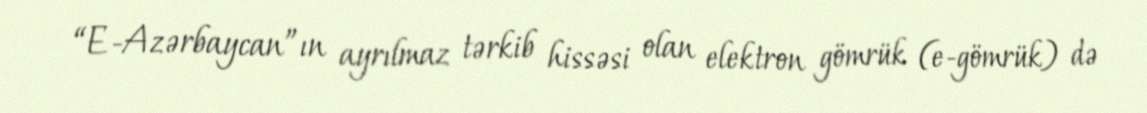
“E-Azərbaycan”ın ayrılmaz tərkib hissəsi olan elektron gömrük (e-gömrük) də